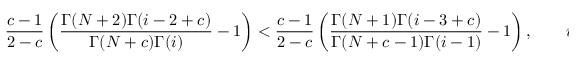
\frac { c - 1 } { 2 - c } \left( \frac { \Gamma ( N + 2 ) \Gamma ( i - 2 + c ) } { \Gamma ( N + c ) \Gamma ( i ) } - 1 \right) < \frac { c - 1 } { 2 - c } \left( \frac { \Gamma ( N + 1 ) \Gamma ( i - 3 + c ) } { \Gamma ( N + c - 1 ) \Gamma ( i - 1 ) } - 1 \right) , \qquad i = 2 , \dots , N + 1 .